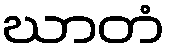
ဃာတံ